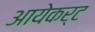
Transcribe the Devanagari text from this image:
आयेकर्ट